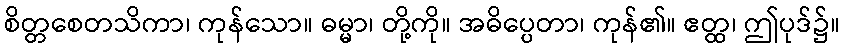
စိတ္တစေတသိကာ၊ ကုန်သော။ ဓမ္မာ၊ တို့ကို။ အဓိပ္ပေတာ၊ ကုန်၏။ ဧတ္ထ၊ ဤပုဒ်၌။